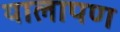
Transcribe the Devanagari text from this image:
यालापण